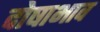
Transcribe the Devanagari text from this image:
दोषाभाव